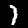
Digit: 1